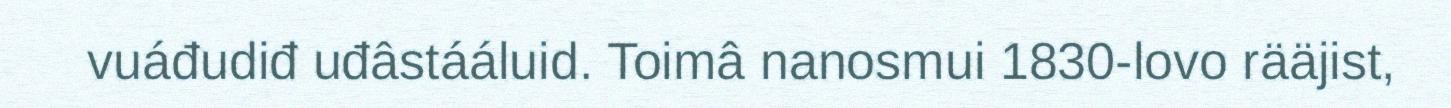
vuáđudiđ uđâstááluid. Toimâ nanosmui 1830-lovo rääjist,